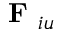
\textbf { F } _ { i u }